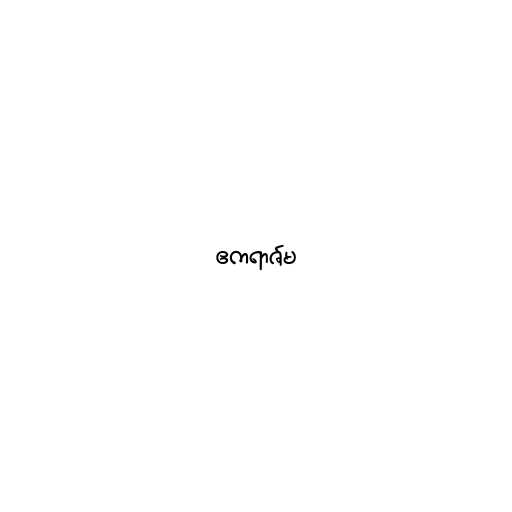
ဧကရာဇ်မ